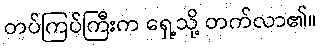
တပ်ကြပ်ကြီးက ရှေ့သို့ တက်လာ၏။